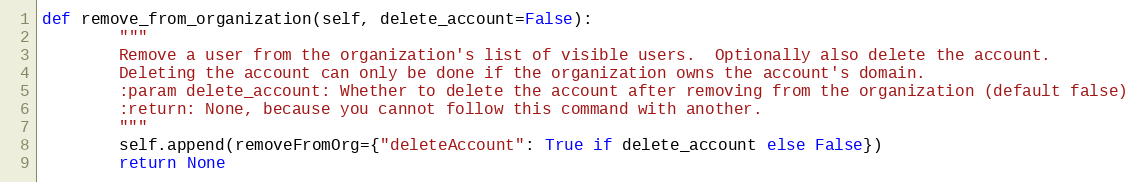
Language: Python
def remove_from_organization(self, delete_account=False):
        """
        Remove a user from the organization's list of visible users.  Optionally also delete the account.
        Deleting the account can only be done if the organization owns the account's domain.
        :param delete_account: Whether to delete the account after removing from the organization (default false)
        :return: None, because you cannot follow this command with another.
        """
        self.append(removeFromOrg={"deleteAccount": True if delete_account else False})
        return None